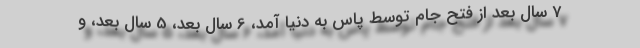
7 سال بعد از فتح جام توسط پاس به دنیا آمد، 6 سال بعد، 5 سال بعد، و